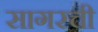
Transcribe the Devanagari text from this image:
सागरची